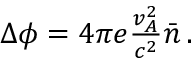
\begin{array} { r } { \Delta \phi = 4 \pi e \frac { v _ { A } ^ { 2 } } { c ^ { 2 } } \bar { n } \, . } \end{array}